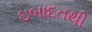
ઇબાદતથી